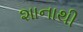
શાનાથી